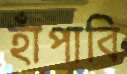
হাঁপাবি